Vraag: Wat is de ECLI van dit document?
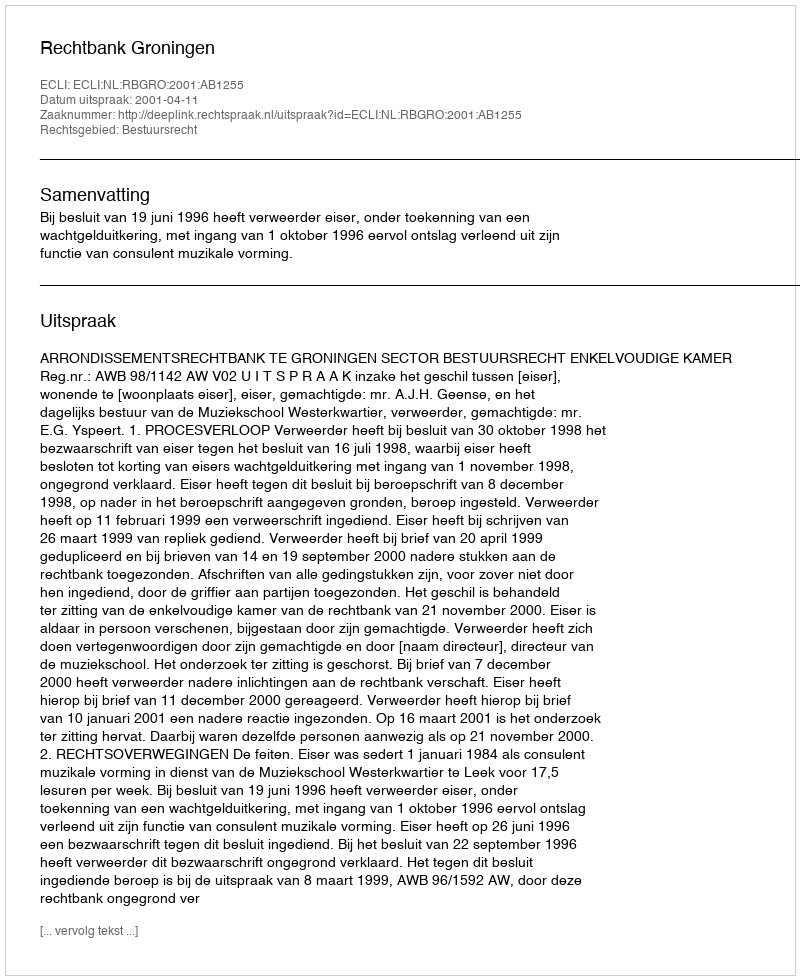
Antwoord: ECLI:NL:RBGRO:2001:AB1255